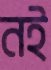
নই